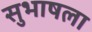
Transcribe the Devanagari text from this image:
सुभाषला